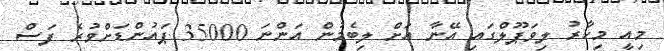
މިއީ މިހާރު ލިވަޕޫލްގައި އޭނާ އަށް ލިބެމުން އަންނަ 35000 ޕައުންޑަށްވުރެ ފަސް